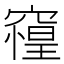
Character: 𰩘